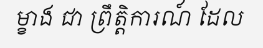
ម្ខាង ជា ព្រឹត្តិការណ៍ ដែល